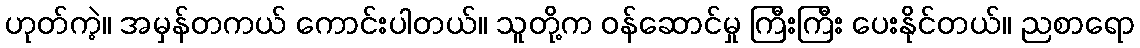
ဟုတ်ကဲ့။ အမှန်တကယ် ကောင်းပါတယ်။ သူတို့က ဝန်ဆောင်မှု ကြီးကြီး ပေးနိုင်တယ်။ ညစာရော